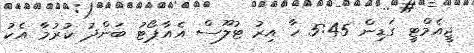
ޖީއެމްޓީ ގަޑިން 5:45 ހާ އިރު ޓުލޫސް އެއާޕޯޓު ބަންދު ކުރުމާ އެކު